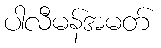
ပါလီမန်အမတ်